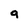
Character: 9